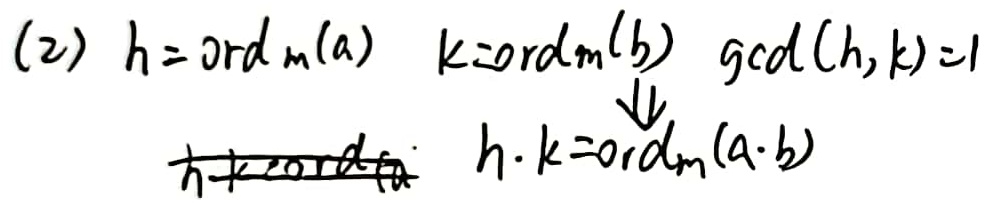
(2) 若\(h = \text{ord}_m(a)\)，\(k=\text{ord}_m(b)\)，\(\gcd(h,k)=1\)，则\(\Downarrow\) \(h\cdot k=\text{ord}_m(a\cdot b)\)